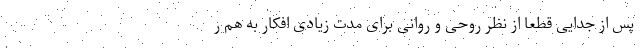
پس از جدایی قطعا از نظر روحی و روانی برای مدت زیادی افکار به هم ر